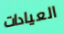
العيادات